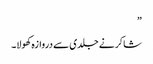
”
شاکر نے جلدی سے دروازہ کھولا۔